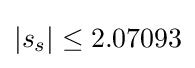
|s_{s}|\leq 2.07093